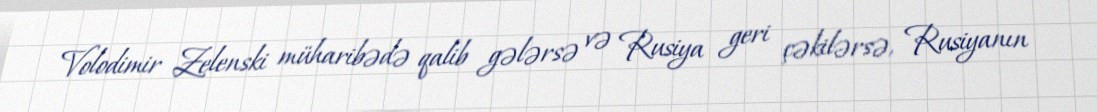
Volodimir Zelenski müharibədə qalib gələrsə və Rusiya geri çəkilərsə, Rusiyanın